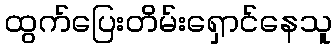
ထွက်ပြေးတိမ်းရှောင်နေသူ